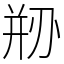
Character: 剙